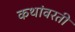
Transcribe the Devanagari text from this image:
कथांवरती